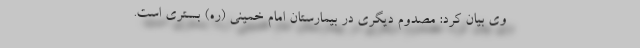
وی بیان کرد: مصدوم دیگری در بیمارستان امام خمینی (ره) بستری است.